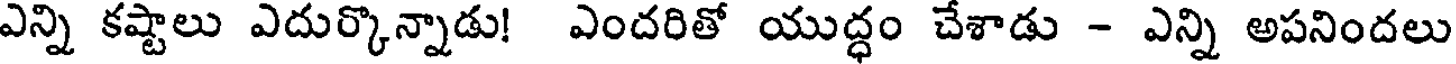
ఎన్ని కష్టాలు ఎదుర్కొన్నాడు! ఎందరితో యుద్ధం చేశాడు - ఎన్ని అపనిందలు